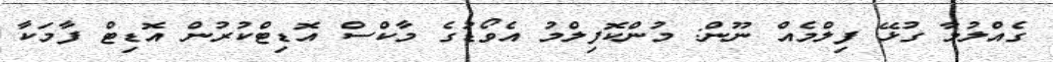
ގެއްލުމާ ގުޅޭ ފިލްމެއް ނޫން: މުންކޮފިލްމު އެވޯޑުގެ މާކްސް އޮޑިޓްކުރުން އޮޑިޓް ފާމަކާ